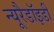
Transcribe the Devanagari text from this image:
न्यूरैडॉइडी